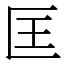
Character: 匡